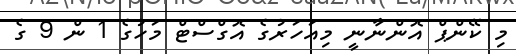
މި ކޭންޕް އޮންނާނީ މިއަހަރުގެ އޮގްސްޓް މަހުގެ 1 ން 9 ގެ